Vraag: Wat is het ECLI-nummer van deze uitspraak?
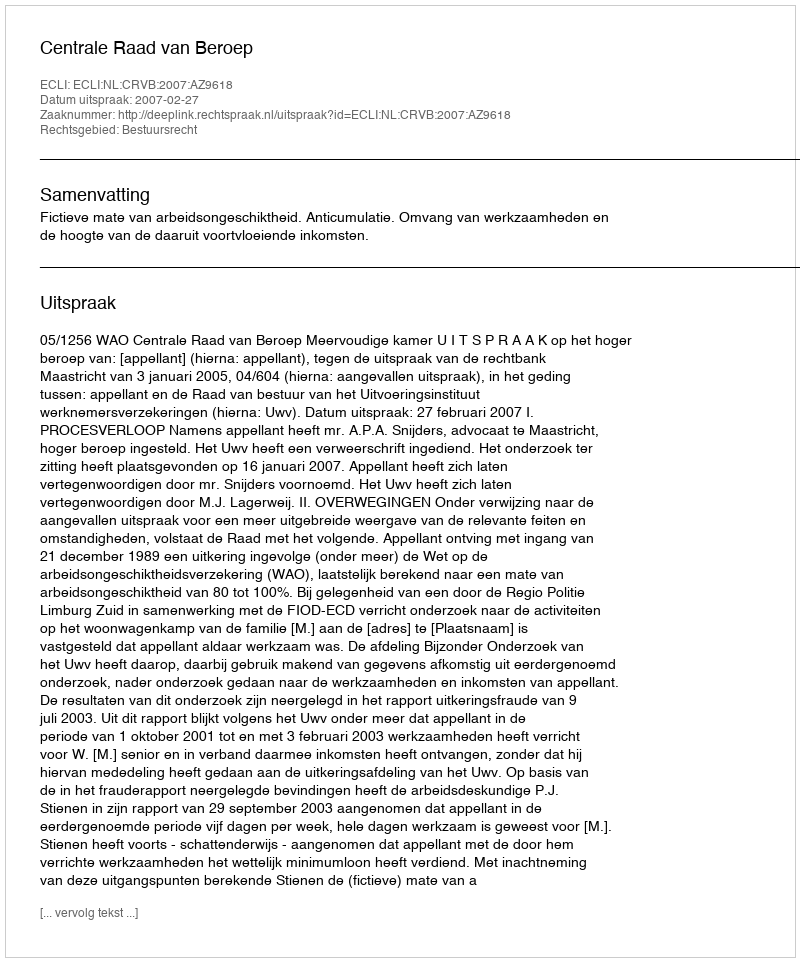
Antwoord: ECLI:NL:CRVB:2007:AZ9618